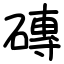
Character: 磚